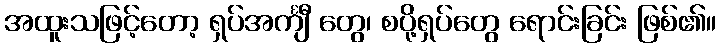
အထူးသဖြင့်တော့ ရှပ်အင်္ကျီ တွေ၊ စပို့ရှပ်တွေ ရောင်းခြင်း ဖြစ်၏။